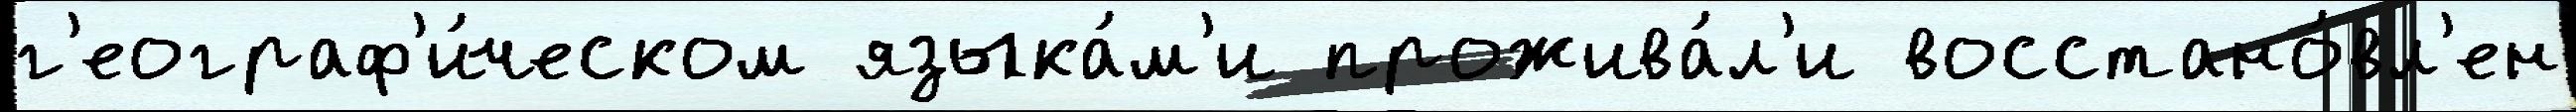
г'еограф'и́ческом языка́м'и прожива́л'и восстано́вл'ен